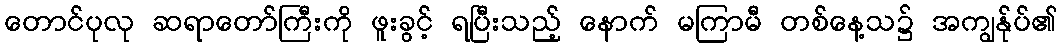
တောင်ပုလု ဆရာတော်ကြီးကို ဖူးခွင့် ရပြီးသည့် နောက် မကြာမီ တစ်နေ့သ၌ အကျွန်ုပ်၏